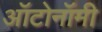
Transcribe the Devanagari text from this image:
ऑटोनॉमी